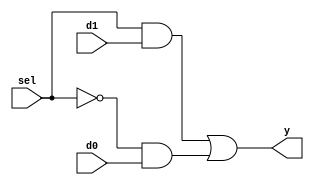
module b1_mux_2_1_comb
(
    input  d0,
    input  d1,
    input  sel,
    output y
);

    assign y = (sel & d1) | (~sel & d0);

endmodule

module b1_mux_2_1_sel
(
    input  d0,
    input  d1,
    input  sel,
    output y
);

    assign y = sel ? d1 : d0;

endmodule

module b1_mux_2_1_if
(
    input  d0,
    input  d1,
    input  sel,
    output reg y
);
	always@(*)
	begin
		if(sel)
			y = d1;
		else 
			y = d0;
	end

endmodule

module b1_mux_2_1_case
(
    input  d0,
    input  d1,
    input  sel,
    output reg y
);
	always@(*)
	begin
		case (sel)
			0: y = d0;
			1: y = d1;
		endcase
	end

endmodule

module b1_mux_2_1_index
(
    input  [1:0] d,
    input        sel,
    output       y
);
    assign y = d[sel];

endmodule